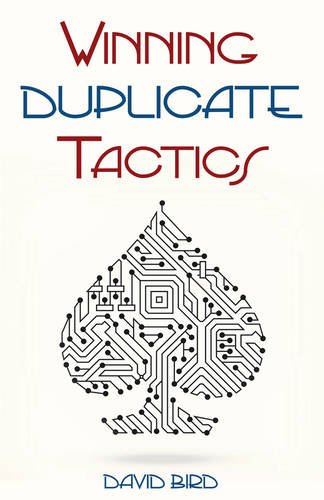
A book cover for Winning Duplicate Tactics; David Bird; Humor & Entertainment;